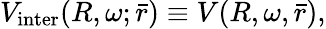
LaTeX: V_{\mathrm{inter}}(R,\omega;\bar{r})\equiv V(R,\omega,\bar{r}),